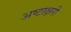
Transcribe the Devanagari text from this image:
अष्टाक्षरी